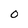
Character: 0